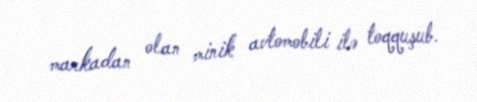
markadan olan minik avtomobili ilə toqquşub.